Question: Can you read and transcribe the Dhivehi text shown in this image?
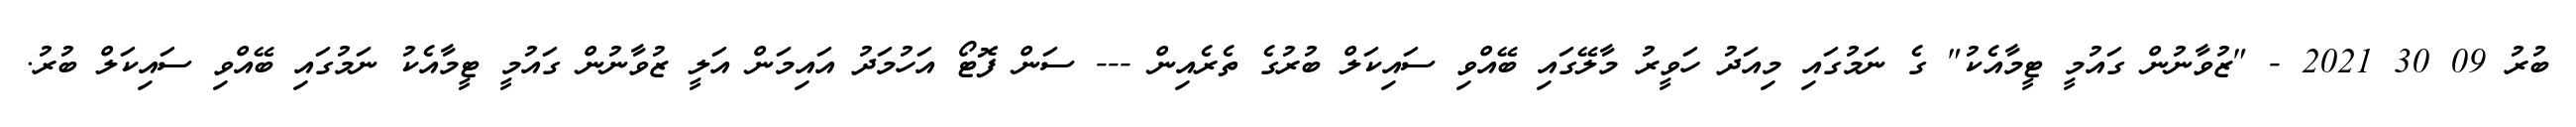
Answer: ބުރު 09 30 2021 - "ޒުވާނުން ގައުމީ ޓީމާއެކު" ގެ ނަމުގައި މިއަދު ހަވީރު މާލޭގައި ބޭއްވި ސައިކަލް ބުރުގެ ތެރެއިން --- ސަން ފޮޓޯ އަހުމަދު އައިމަން އަލީ ޒުވާނުން ގައުމީ ޓީމާއެކު ނަމުގައި ބޭއްވި ސައިކަލް ބުރު.